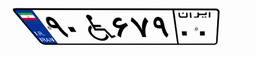
۹۰W۶۷۹۰۰